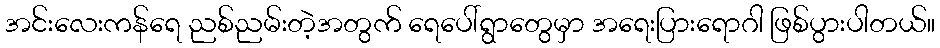
အင်းလေးကန်ရေ ညစ်ညမ်းတဲ့အတွက် ရေပေါ်ရွာတွေမှာ အရေးပြားရောဂါ ဖြစ်ပွားပါတယ်။